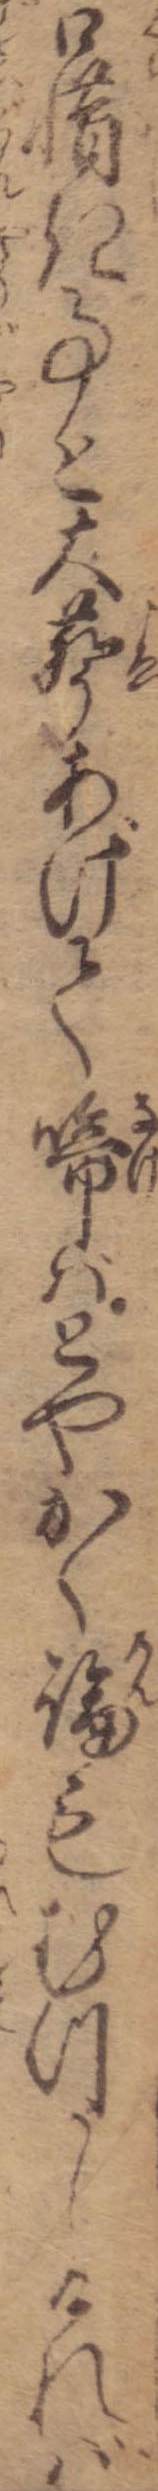
口惜き事と大声あげて啼ばとやかく論もむつかしければ